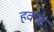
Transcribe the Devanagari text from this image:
हक्स्र